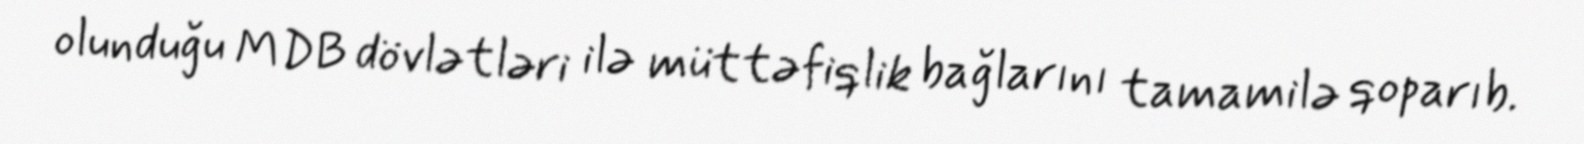
olunduğu MDB dövlətləri ilə müttəfiqlik bağlarını tamamilə qoparıb.